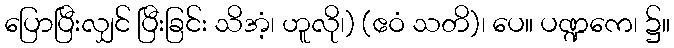
ပြောပြီးလျှင် ပြီးခြင်း သိအံ့၊ ဟူလို၊) (ဧဝံ သတိ)၊ ပေ။ ပဏ္ဍကေ၊ ၌။